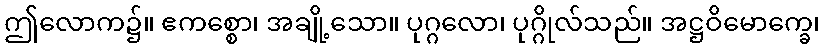
ဤလောက၌။ ဧကစ္စော၊ အချို့သော။ ပုဂ္ဂလော၊ ပုဂ္ဂိုလ်သည်။ အဋ္ဌဝိမောက္ခေ၊